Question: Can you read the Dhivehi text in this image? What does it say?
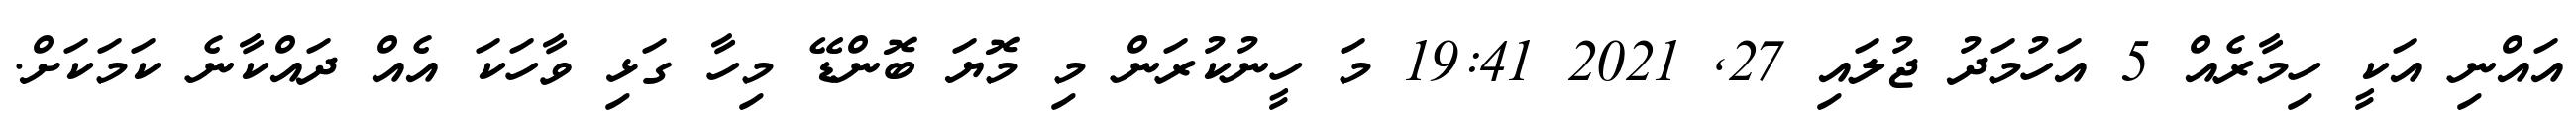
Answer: އައްނި އަކީ ހިމާރެއް 5 އަހުމަދު ޖުލައި 27, 2021 19:41 މަ ހީނުކުރަން މި މޮޔަ ބޮންޑޭ މިހާ ގަޅި ވާހަކަ އެއް ދައްކާނެ ކަމަކަށް.